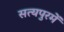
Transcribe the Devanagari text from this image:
सत्यपुरमें